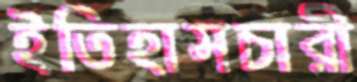
ইতিহাসচারী